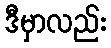
ဒီမှာလည်း